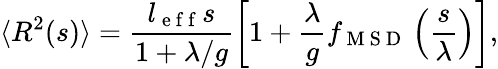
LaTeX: \langle R^{2}(s)\rangle=\frac{l_{\mathrm{~e~f~f~}}s}{1+\lambda/g}\left[1+\frac{\lambda}{g}f_{\mathrm{~M~S~D~}}\left(\frac{s}{\lambda}\right)\right],